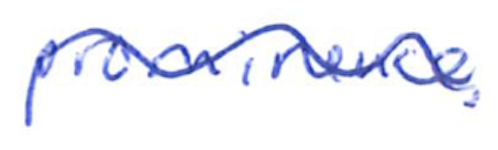
Text: prominence.
Cross-out: wave
Writing tool: ballpoint